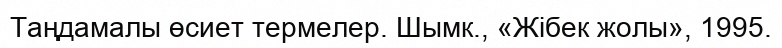
Таңдамалы өсиет термелер. Шымк., «Жібек жолы», 1995.